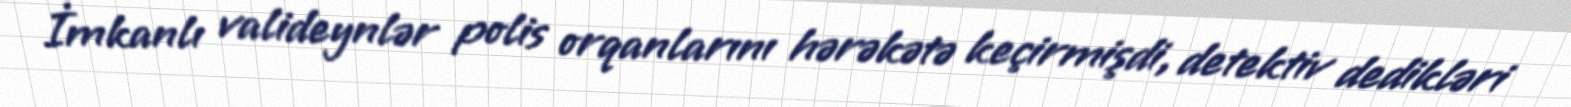
İmkanlı valideynlər polis orqanlarını hərəkətə keçirmişdi, detektiv dedikləri